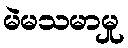
မဲမသမာမှု